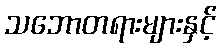
သဘောတရားများနှင့်